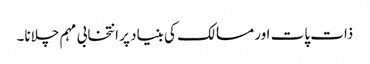
ذات پات اور مسالک کی بنیاد پر انتخابی مہم چلانا۔